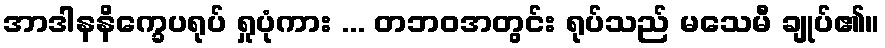
အာဒါနနိက္ခေပရုပ် ရှုပုံကား ... တဘဝအတွင်း ရုပ်သည် မသေမီ ချုပ်၏။